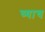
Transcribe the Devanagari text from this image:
च्याच